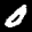
Label: 0